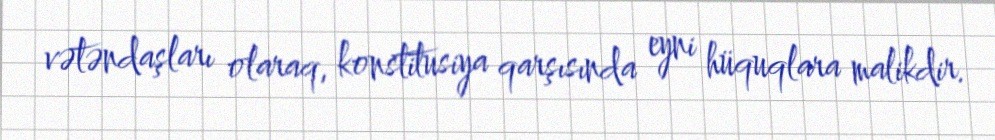
vətəndaşları olaraq, konstitusiya qarşısında eyni hüquqlara malikdir.